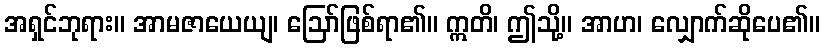
အရှင်ဘုရား။ အာမဇာယေယျ၊ ဩော်ဖြစ်ရာ၏။ ဣတိ၊ ဤသို့။ အာဟ၊ လျှောက်ဆိုပေ၏။